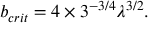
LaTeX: b _ { c r i t } = 4 \times 3 ^ { - 3 / 4 } \lambda ^ { 3 / 2 } .